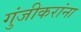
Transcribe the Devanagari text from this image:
गुंजीकरांना